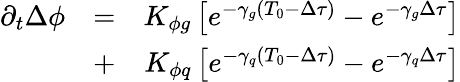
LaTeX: \begin{array}{rlr}{\partial_{t}\Delta\phi}&{=}&{K_{\phi g}\left[e^{-\gamma_{g}\left(T_{0}-\Delta\tau\right)}-e^{-\gamma_{g}\Delta\tau}\right]}\\ &{+}&{K_{\phi q}\left[e^{-\gamma_{q}\left(T_{0}-\Delta\tau\right)}-e^{-\gamma_{q}\Delta\tau}\right]}\end{array}